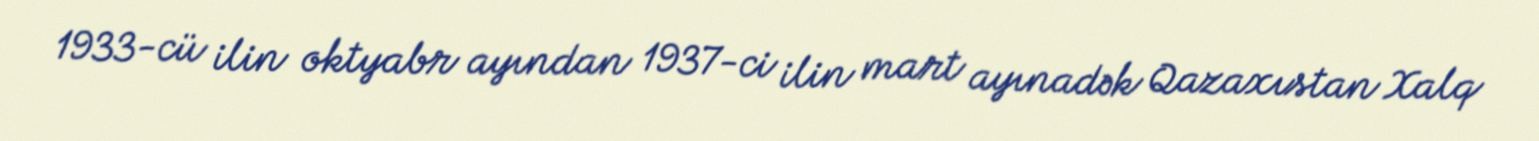
1933-cü ilin oktyabr ayından 1937-ci ilin mart ayınadək Qazaxıstan Xalq